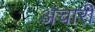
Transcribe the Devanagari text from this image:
अंचारी